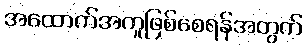
အထောက်အကူဖြစ်စေရန်အတွက်